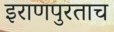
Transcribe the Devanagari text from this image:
इराणपुरताच